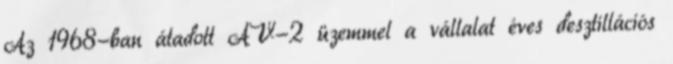
Az 1968-ban átadott AV-2 üzemmel a vállalat éves desztillációs